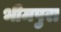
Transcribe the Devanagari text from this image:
भीमपुरा